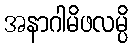
အနာဂါမိဖလမ္ပိ